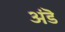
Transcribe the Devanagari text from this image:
अंडॆ